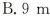
( )